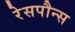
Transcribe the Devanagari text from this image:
रेसपौन्स